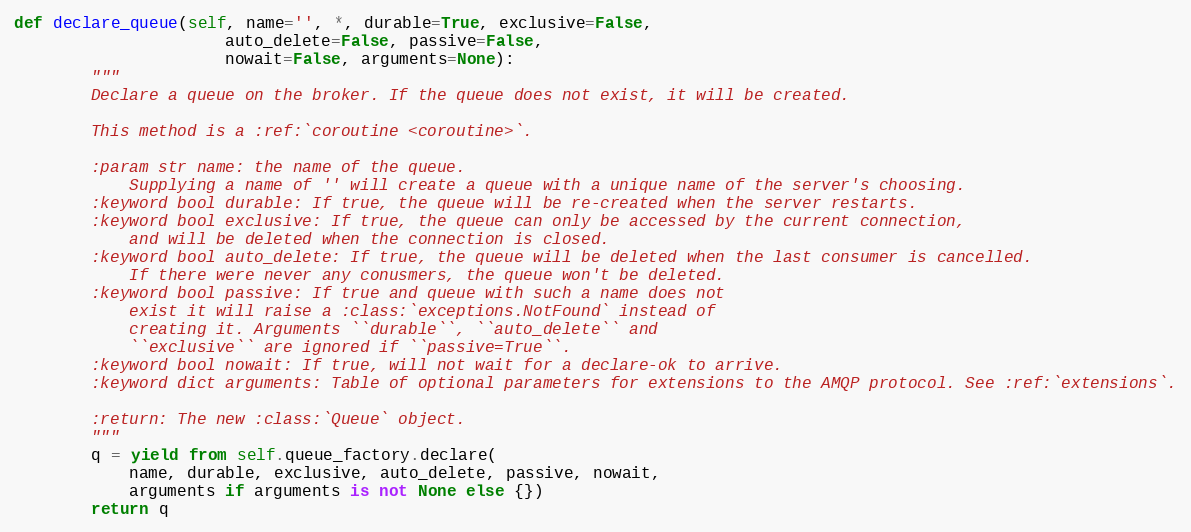
Language: Python
def declare_queue(self, name='', *, durable=True, exclusive=False,
                      auto_delete=False, passive=False,
                      nowait=False, arguments=None):
        """
        Declare a queue on the broker. If the queue does not exist, it will be created.

        This method is a :ref:`coroutine <coroutine>`.

        :param str name: the name of the queue.
            Supplying a name of '' will create a queue with a unique name of the server's choosing.
        :keyword bool durable: If true, the queue will be re-created when the server restarts.
        :keyword bool exclusive: If true, the queue can only be accessed by the current connection,
            and will be deleted when the connection is closed.
        :keyword bool auto_delete: If true, the queue will be deleted when the last consumer is cancelled.
            If there were never any conusmers, the queue won't be deleted.
        :keyword bool passive: If true and queue with such a name does not
            exist it will raise a :class:`exceptions.NotFound` instead of
            creating it. Arguments ``durable``, ``auto_delete`` and
            ``exclusive`` are ignored if ``passive=True``.
        :keyword bool nowait: If true, will not wait for a declare-ok to arrive.
        :keyword dict arguments: Table of optional parameters for extensions to the AMQP protocol. See :ref:`extensions`.

        :return: The new :class:`Queue` object.
        """
        q = yield from self.queue_factory.declare(
            name, durable, exclusive, auto_delete, passive, nowait,
            arguments if arguments is not None else {})
        return q